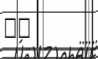
١٨